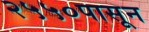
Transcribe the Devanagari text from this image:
२५५०पासून